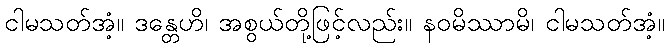
ငါမသတ်အံ့။ ဒန္တေဟိ၊ အစွယ်တို့ဖြင့်လည်း။ နဝမိဿာမိ၊ ငါမသတ်အံ့။